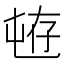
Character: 𱛄